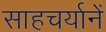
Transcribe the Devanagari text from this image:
साहचर्यानें